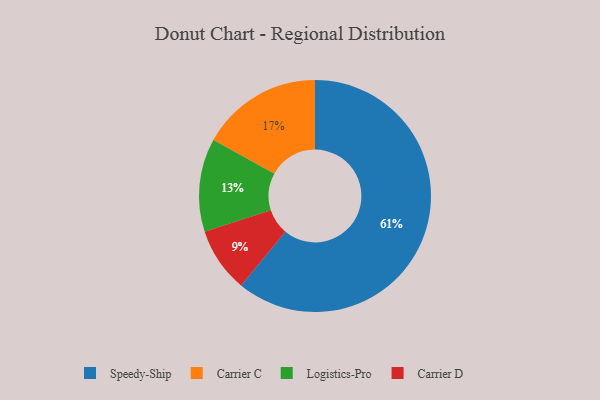
{"axis": {"x": "Category", "y": "Percentage"}, "legend": ["Carrier C", "Carrier D", "Logistics-Pro", "Speedy-Ship"], "data": [{"x": "Logistics-Pro", "y": 13, "type": "Logistics-Pro"}, {"x": "Carrier C", "y": 17, "type": "Carrier C"}, {"x": "Carrier D", "y": 9, "type": "Carrier D"}, {"x": "Speedy-Ship", "y": 61, "type": "Speedy-Ship"}]}